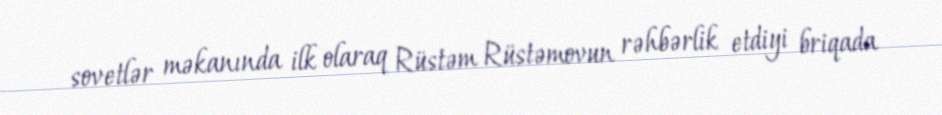
sovetlər məkanında ilk olaraq Rüstəm Rüstəmovun rəhbərlik etdiyi briqada